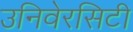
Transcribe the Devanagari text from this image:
उनिवेरसिटी